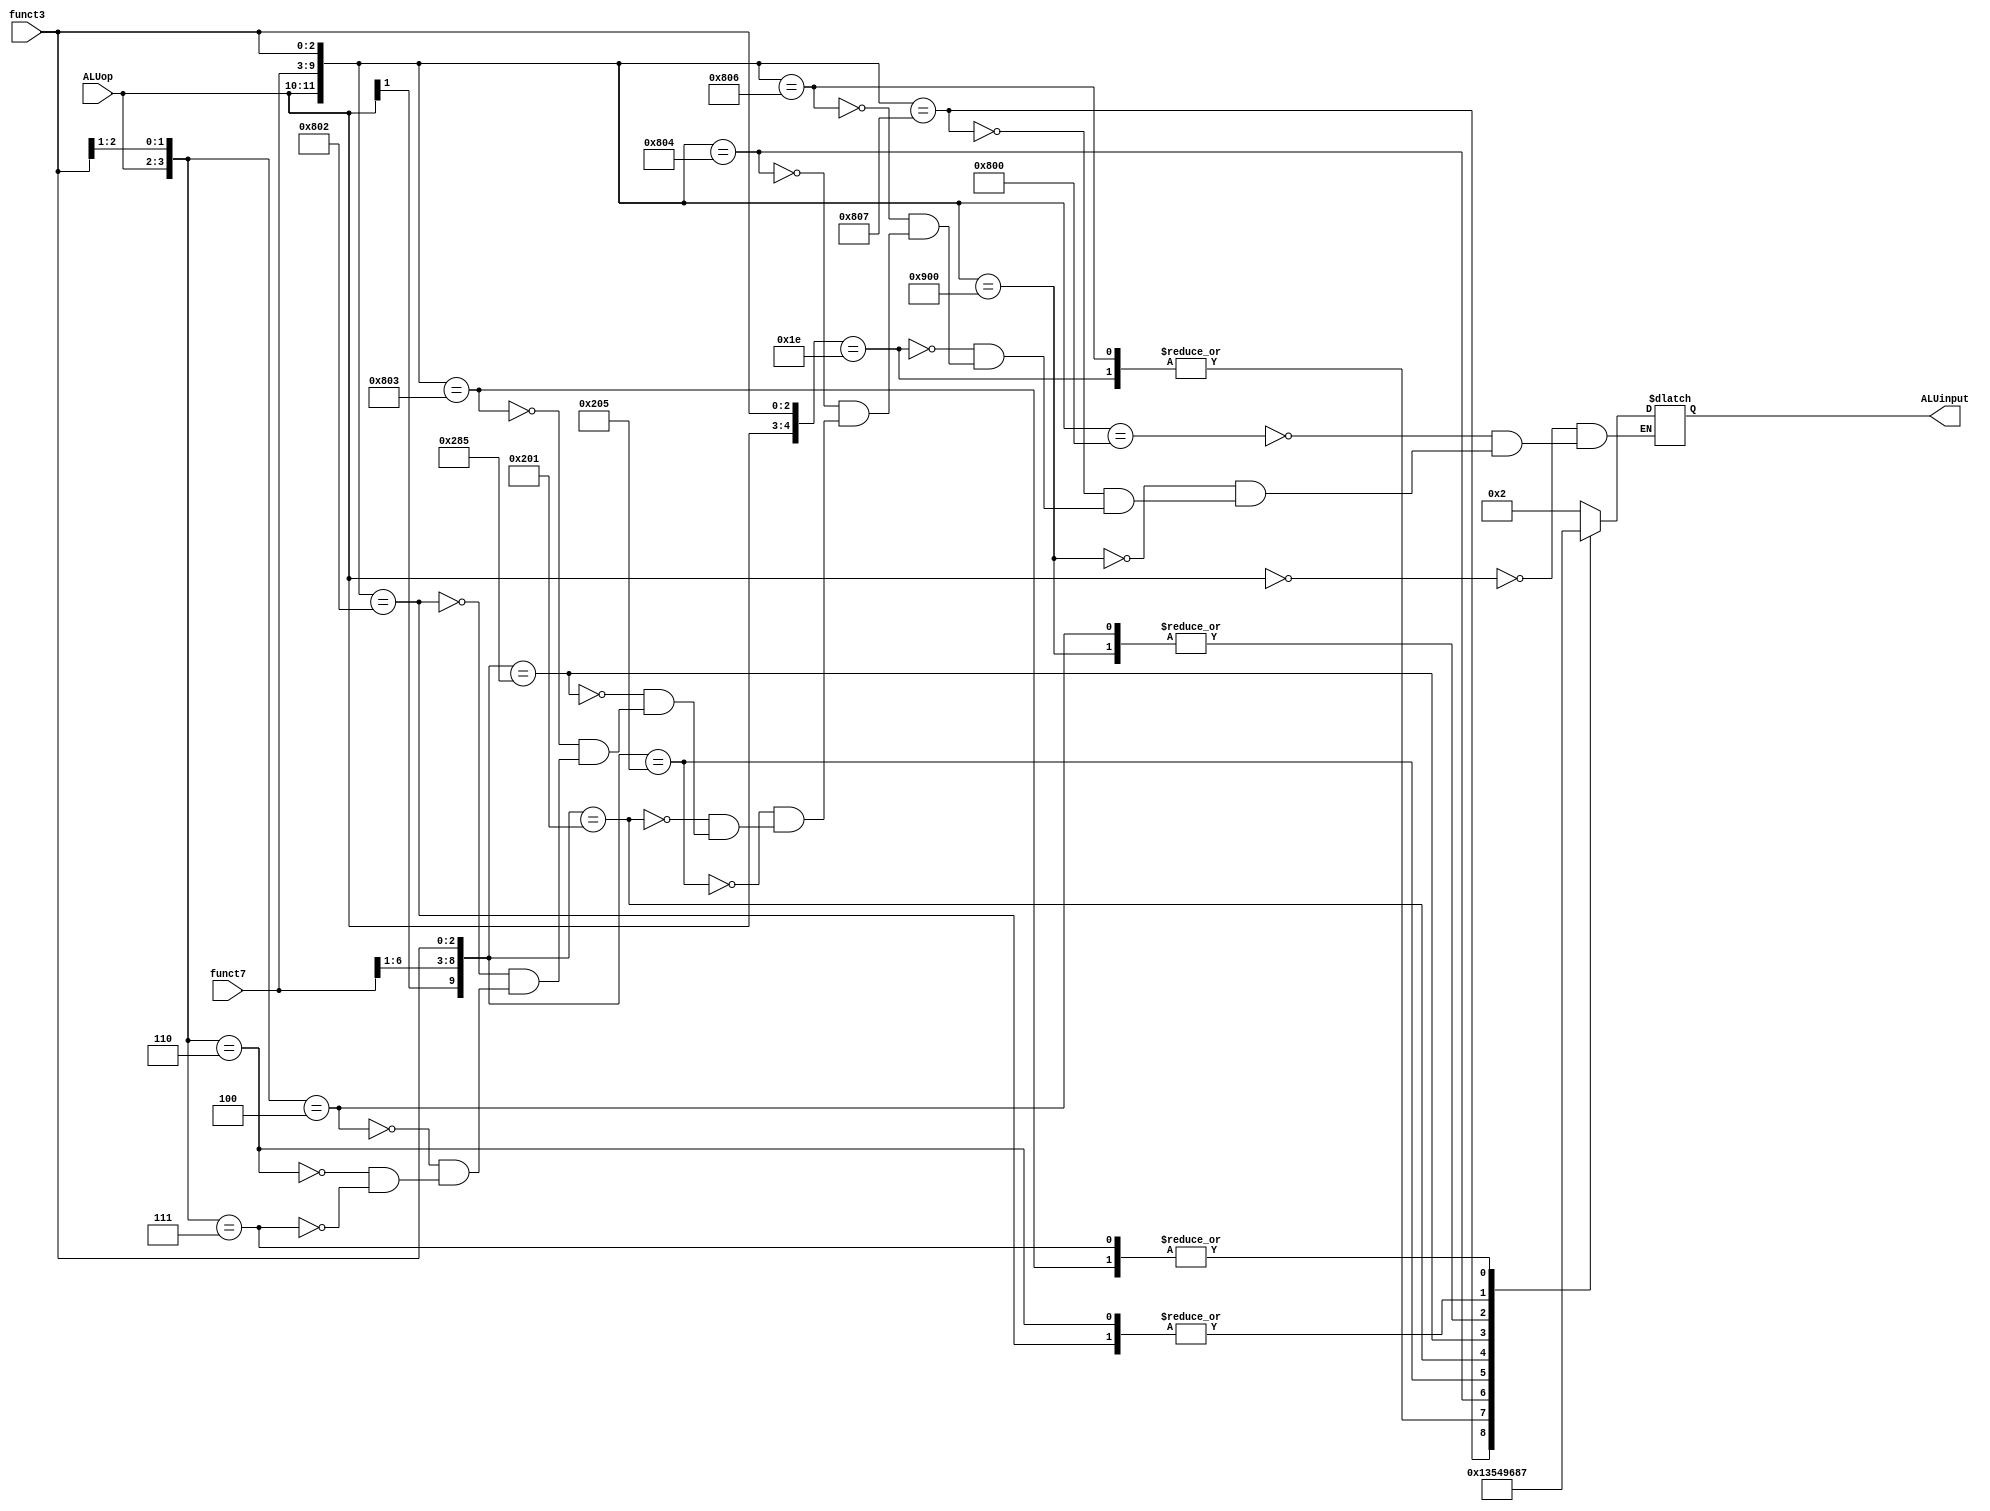
`timescale 1ns / 1ps

module ALUcontrol(input [1:0] ALUop, // iesirea de pe control path
                  input [6:0] funct7,
                  input [2:0] funct3,
                  output reg [3:0] ALUinput); // semnal pentru ALU
                  
always@(ALUop,funct7,funct3) begin
        casex({ALUop,funct7,funct3})
            12'b00xxxxxxxxxx: ALUinput = 4'b0010; // ld,sd
            12'b100000000000: ALUinput = 4'b0010; // add
            12'b100100000000: ALUinput = 4'b0110; // sub
            12'b100000000111: ALUinput = 4'b0000; // and
            12'b11xxxxxxx110: ALUinput = 4'b0001; // ori
            12'b100000000110: ALUinput = 4'b0001; // or
            12'b100000000100: ALUinput = 4'b0011; // xor  
            12'b1x000000x101: ALUinput = 4'b0101; // srl, srli
            12'b1x000000x001: ALUinput = 4'b0100; // sll, slli
            12'b1x010000x101: ALUinput = 4'b1001; // sra, srai
            12'b100000000011: ALUinput = 4'b0111; // sltu
            12'b100000000010: ALUinput = 4'b1000; // slt
            12'b01xxxxxxx00x: ALUinput = 4'b0110; // beq, bne
            12'b01xxxxxxx10x: ALUinput = 4'b1000; // blt, bge 
            12'b01xxxxxxx11x: ALUinput = 4'b0111; // bltu, bgeu
        endcase 
    end
endmodule